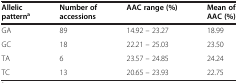
| Allelic patterna | Number of accessions | AAC range (%) | Mean of AAC (%) |
 | --- | --- | --- | --- |
 | GA | 89 | 14.92 – 23.27 | 18.99 |
 | GC | 18 | 22.21 – 25.03 | 23.50 |
 | TA | 6 | 23.57 – 24.85 | 24.24 |
 | TC | 13 | 20.65 – 23.93 | 22.75 |